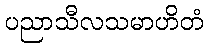
ပညာသီလသမာဟိတံ